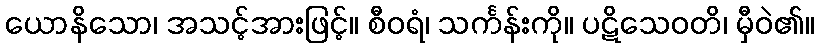
ယောနိသော၊ အသင့်အားဖြင့်။ စီဝရံ၊ သင်္ကန်းကို။ ပဋိသေဝတိ၊ မှီဝဲ၏။